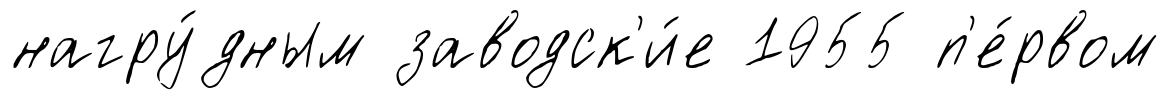
нагру́дным заводск'и́е 1955 п'е́рвом